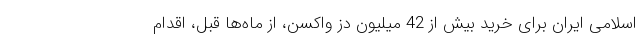
اسلامی ایران برای خرید بیش از 42 میلیون دز واکسن، از ماه‌ها قبل، اقدام